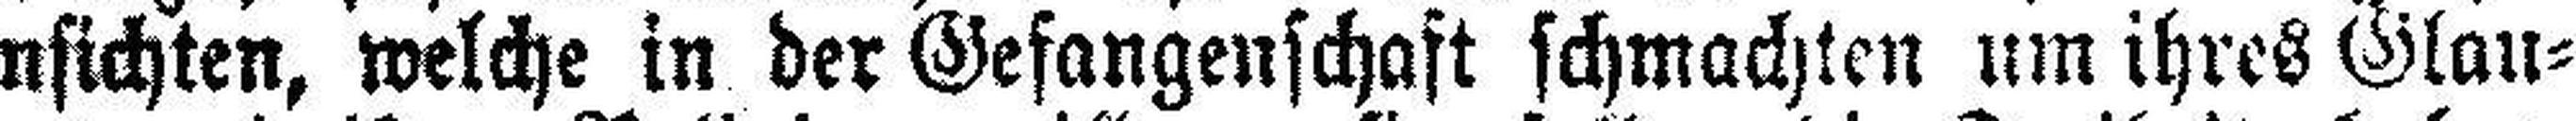
Ansichten, welche in der Gefangenschaft schmachten um ihres Glau¬